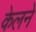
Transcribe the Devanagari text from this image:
केलने